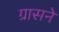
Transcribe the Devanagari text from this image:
ग्रासने